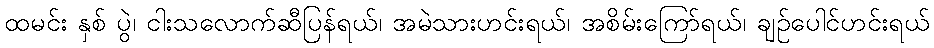
ထမင်း နှစ် ပွဲ၊ ငါးသလောက်ဆီပြန်ရယ်၊ အမဲသားဟင်းရယ်၊ အစိမ်းကြော်ရယ်၊ ချဉ်ပေါင်ဟင်းရယ်